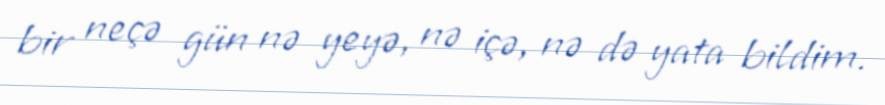
bir neçə gün nə yeyə, nə içə, nə də yata bildim.